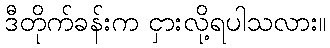
ဒီတိုက်ခန်းက ငှားလို့ရပါသလား။